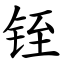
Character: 铚